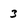
Character: 3